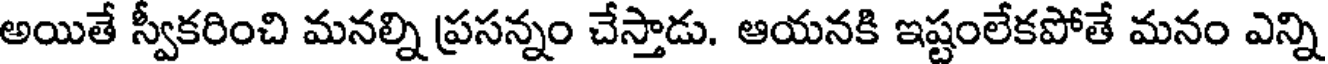
అయితే స్వీకరించి మనల్ని ప్రసన్నం చేస్తాడు. ఆయనకి ఇష్టంలేకపోతే మనం ఎన్ని